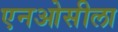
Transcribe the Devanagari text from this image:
एनओसीला